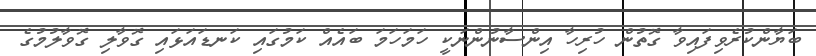
ބަޔާންކުރެވިފައިވާ ގޮތުން ހުރިހާ އިންސާނުންނަކީ ހަމަހަމަ ބައެއް ކަމުގައި ކަނޑައަޅައި ގޮވާލި ގޮވާލުމުގެ